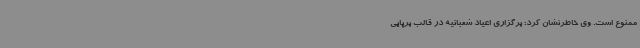
ممنوع است. وی خاطرنشان کرد: برگزاری اعیاد شعبانیه در قالب برپایی